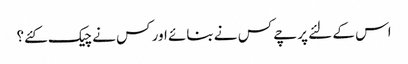
اس کے لئے پرچے کس نے بنائے اور کس نے چیک کئے؟